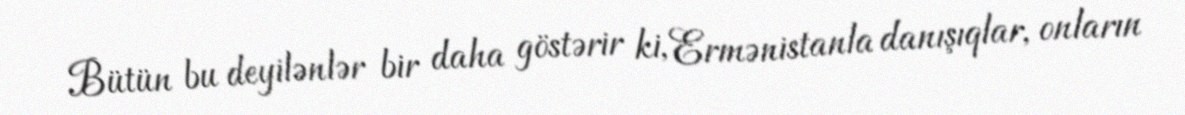
Bütün bu deyilənlər bir daha göstərir ki, Ermənistanla danışıqlar, onların